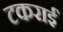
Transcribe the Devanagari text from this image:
टकराईं